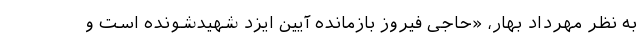
به نظر مهرداد بهار، «حاجی فیروز بازمانده آیین ایزد شهیدشونده است و